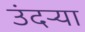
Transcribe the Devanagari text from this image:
उंदर्‍या